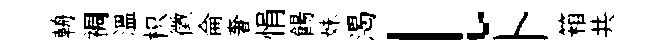
輈裯溫枳徵侖奢悁餳妹渴l卜箱共